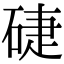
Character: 𥓐